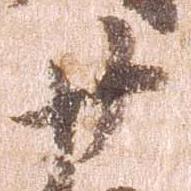
廿